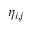
\eta _ { i , j }